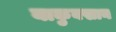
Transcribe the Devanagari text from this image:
याकुबखान